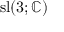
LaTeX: \operatorname { s l } ( 3 ; \mathbb { C } )